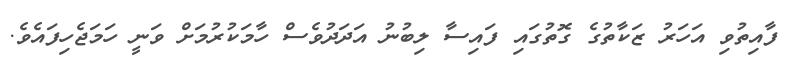
ފާއިތުވި އަހަރު ޒަކާތުގެ ގޮތުގައި ފައިސާ ލިބުނު އަދަދުވެސް ހާމަކުރުމަށް ވަނީ ހަމަޖެހިފައެވެ.